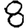
Digit: 8